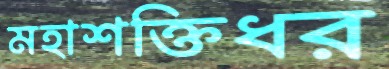
মহাশক্তিধর